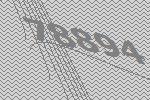
78894